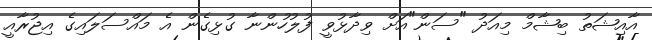
އާއިޝަތު ބިޝާމް މިއަދު "ސަން"އަށް ވިދާޅުވީ ފުލުހުންނާ ގުޅިގެން އެ މައްސަލައިގެ އިޖުރާއީ